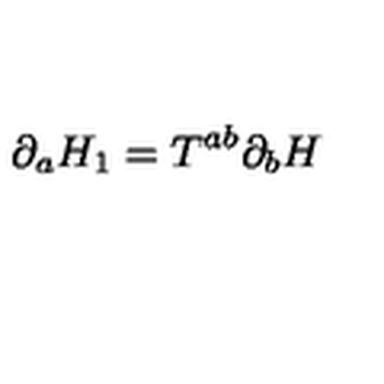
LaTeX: \partial _ { a } H _ { 1 } = T ^ { a b } \partial _ { b } H